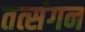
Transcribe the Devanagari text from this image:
तत्संगन